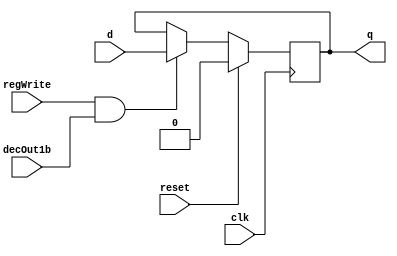
module D_ff( input clk, input reset, input regWrite, input decOut1b , input d, output reg q);
	always @ (negedge clk)
	begin
		if(reset==1)
			q=0;
		else
			if(regWrite == 1 && decOut1b==1)
			begin
				q=d;
			end
	end
endmodule

module register16bit( input clk, input reset, input regWrite, input decOut1b, input [15:0] writeData, output [15:0] outR );
	D_ff d0 (clk, reset, regWrite, decOut1b, writeData[0], outR[0]);
	D_ff d1 (clk, reset, regWrite, decOut1b, writeData[1], outR[1]);
	D_ff d2 (clk, reset, regWrite, decOut1b, writeData[2], outR[2]);
	D_ff d3 (clk, reset, regWrite, decOut1b, writeData[3], outR[3]);
	D_ff d4 (clk, reset, regWrite, decOut1b, writeData[4], outR[4]);
	D_ff d5 (clk, reset, regWrite, decOut1b, writeData[5], outR[5]);
	D_ff d6 (clk, reset, regWrite, decOut1b, writeData[6], outR[6]);
	D_ff d7 (clk, reset, regWrite, decOut1b, writeData[7], outR[7]);
	D_ff d8 (clk, reset, regWrite, decOut1b, writeData[8], outR[8]);
	D_ff d9 (clk, reset, regWrite, decOut1b, writeData[9], outR[9]);
	D_ff d10 (clk, reset, regWrite, decOut1b, writeData[10], outR[10]);
	D_ff d11 (clk, reset, regWrite, decOut1b, writeData[11], outR[11]);
	D_ff d12 (clk, reset, regWrite, decOut1b, writeData[12], outR[12]);
	D_ff d13 (clk, reset, regWrite, decOut1b, writeData[13], outR[13]);
	D_ff d14 (clk, reset, regWrite, decOut1b, writeData[14], outR[14]);
	D_ff d15 (clk, reset, regWrite, decOut1b, writeData[15], outR[15]);
endmodule

module registerSet( input clk, input reset, input regWrite, input [15:0] decOut, input [15:0] writeData, output [15:0] outR0,outR1,outR2,outR3,outR4,outR5,outR6,outR7,outR8,outR9,outR10,outR11,outR12,outR13,outR14,outR15 );
	register16bit rs0 (clk, reset, regWrite, decOut[0], writeData, outR0);
	register16bit rs1 (clk, reset, regWrite, decOut[1], writeData, outR1);
	register16bit rs2 (clk, reset, regWrite, decOut[2], writeData, outR2);
	register16bit rs3 (clk, reset, regWrite, decOut[3], writeData, outR3);
	register16bit rs4 (clk, reset, regWrite, decOut[4], writeData, outR4);
	register16bit rs5 (clk, reset, regWrite, decOut[5], writeData, outR5);
	register16bit rs6 (clk, reset, regWrite, decOut[6], writeData, outR6);
	register16bit rs7 (clk, reset, regWrite, decOut[7], writeData, outR7);
	register16bit rs8 (clk, reset, regWrite, decOut[8], writeData, outR8);
	register16bit rs9 (clk, reset, regWrite, decOut[9], writeData, outR9);
	register16bit rs10 (clk, reset, regWrite, decOut[10], writeData, outR10);
	register16bit rs11 (clk, reset, regWrite, decOut[11], writeData, outR11);
	register16bit rs12 (clk, reset, regWrite, decOut[12], writeData, outR12);
	register16bit rs13 (clk, reset, regWrite, decOut[13], writeData, outR13);
	register16bit rs14 (clk, reset, regWrite, decOut[14], writeData, outR14);
	register16bit rs15 (clk, reset, regWrite, decOut[15], writeData, outR15);
endmodule

module decoder( input [3:0] destReg, output reg [15:0] decOut);
always @ (destReg)
	case(destReg)
	4'b0000: decOut=16'b0000000000000001;
	4'b0001: decOut=16'b0000000000000010;
	4'b0010: decOut=16'b0000000000000100;
	4'b0011: decOut=16'b0000000000001000;
	4'b0100: decOut=16'b0000000000010000;
	4'b0101: decOut=16'b0000000000100000;
	4'b0110: decOut=16'b0000000001000000;
	4'b0111: decOut=16'b0000000010000000;
	4'b1000: decOut=16'b0000000100000000;
	4'b1001: decOut=16'b0000001000000000;
	4'b1010: decOut=16'b0000010000000000;
	4'b1011: decOut=16'b0000100000000000;
	4'b1100: decOut=16'b0001000000000000;
	4'b1101: decOut=16'b0010000000000000;
	4'b1110: decOut=16'b0100000000000000;
	4'b1111: decOut=16'b1000000000000000;
	endcase
endmodule

module mux16to1( input [15:0] outR0,outR1,outR2,outR3,outR4,outR5,outR6,outR7,outR8,outR9,outR10,outR11,outR12,outR13,outR14,outR15, input [3:0] Sel, output reg [15:0] outBus );
always @ (outR0 or outR1 or outR2 or outR3 or outR4 or outR5 or outR6 or outR7 or outR8 or outR9 or outR10 or outR11 or outR12 or outR13 or outR14 or outR15 or Sel)
	case(Sel)
	4'b0000: outBus=outR0;
	4'b0001: outBus=outR1;
	4'b0010: outBus=outR2;
	4'b0011: outBus=outR3;
	4'b0100: outBus=outR4;
	4'b0101: outBus=outR5;
	4'b0110: outBus=outR6;
	4'b0111: outBus=outR7;
	4'b1000: outBus=outR8;
	4'b1001: outBus=outR9;
	4'b1010: outBus=outR10;
	4'b1011: outBus=outR11;
	4'b1100: outBus=outR12;
	4'b1101: outBus=outR13;
	4'b1110: outBus=outR14;
	4'b1111: outBus=outR15;
	endcase
endmodule

module mux2to1( input [3:0] rd1, input [3:0] rd2, input Sel, output reg [3:0] desReg );
always @ (rd1 or rd2 or Sel)
	case(Sel)
	1'b0: desReg=rd1;
	1'b1: desReg=rd2;
	endcase
endmodule

module registerFile(input clk, input reset, input regWrite, input [3:0] rs, input [3:0] rt, input [3:0] rd1, input [3:0] rd2, input [15:0] writeData, input select, output [15:0] outR0, output [15:0] outR1, output [15:0] outR2);
wire [3:0] outmux1, outmux2;
wire [15:0] outdec;
wire [15:0] outregset0, outregset1, outregset2, outregset3, outregset4, outregset5, outregset6, outregset7, outregset8, outregset9, outregset10, outregset11, outregset12, outregset13, outregset14, outregset15;
mux2to1 m0 (rd2, rd1, select, outmux1);
mux2to1 m1 (rd1, rd2, select, outmux2);
decoder de0 (outmux1, outdec);
registerSet regs1 (clk, reset, regWrite, outdec, writeData, outregset0, outregset1, outregset2, outregset3, outregset4, outregset5, outregset6, outregset7, outregset8, outregset9, outregset10, outregset11, outregset12, outregset13, outregset14, outregset15);
mux16to1 m2 (outregset0, outregset1, outregset2, outregset3, outregset4, outregset5, outregset6, outregset7, outregset8, outregset9, outregset10, outregset11, outregset12, outregset13, outregset14, outregset15, rs, outR0);
mux16to1 m3 (outregset0, outregset1, outregset2, outregset3, outregset4, outregset5, outregset6, outregset7, outregset8, outregset9, outregset10, outregset11, outregset12, outregset13, outregset14, outregset15, rt, outR1);
mux16to1 m4 (outregset0, outregset1, outregset2, outregset3, outregset4, outregset5, outregset6, outregset7, outregset8, outregset9, outregset10, outregset11, outregset12, outregset13, outregset14, outregset15, outmux2, outR2);
endmodule

module test_registerFile( );
//inputs
reg clk,reset,regWrite,select;
reg [3:0] rs,rt,rd1,rd2;
reg [15:0] writeData;
//outputs
wire [15:0] outR0;
wire [15:0] outR1;
wire [15:0] outR2;
registerFile uut(clk,reset,regWrite,rs,rt,rd1,rd2,writeData,select,outR0,outR1,outR2);
always begin #5 clk=~clk; end
initial
begin
clk=0; reset=1; rs=4'd0; rt=4'd1; rd1=4'd10; rd2=4'd2;
#5 reset=0; select=1; regWrite=1; rd1=4'd1; writeData=16'd1;
#10 rd1=4'd3; writeData=16'd3;
#10 rd1=4'd5; writeData=16'd5;
#10 rd1=4'd7; writeData=16'd7;
#10 rd1=4'd9; writeData=16'd9;
#10 select=0; rd2=4'd2;writeData=16'd2;
#10 rd2=4'd4;writeData=16'd4;
#10 rd2=4'd6;writeData=16'd6;
#10 rd2=4'd8;writeData=16'd8;
#10 rd2=4'd10;writeData=16'd10;
#10 regWrite=0; select=1; rs=4'd0; rd1=4'd1; rd1=4'd3; rd2=4'd2;
#10 rs=4'd3;rt=4'd4;rd1=4'd6; rd2=4'd5;
#10 select=0; rs=4'd6;rt=4'd7;rd1=4'd8; rd2=4'd9;
#10 $finish;
end
endmodule